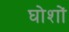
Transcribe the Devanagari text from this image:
घोशों